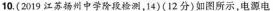
10.(2019江苏扬州中学阶段检测，14)(12分)如图所示，电源电